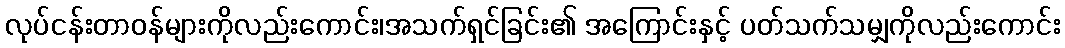
လုပ်ငန်းတာဝန်များကိုလည်းကောင်း၊အသက်ရှင်ခြင်း၏ အကြောင်းနှင့် ပတ်သက်သမျှကိုလည်းကောင်း